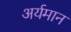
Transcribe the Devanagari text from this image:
अर्यमान